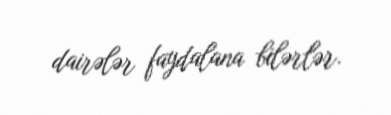
dairələr faydalana bilərlər.